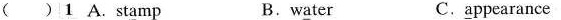
( )1 A. St\underline{a}mp B.w\underline{a}ter C.\underline{a}ppearance